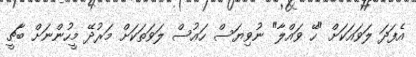
އެފަދަ ލަވައަކަށް "ހޭ ވައްލާ" ނުވިޔަސް ހައުސް ލަވަތަކަށް މަރުދޭ މީހުންނަށް ބާޗީ